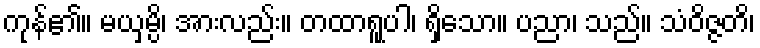
ကုန်၏။ မယှမ္ပိ၊ အားလည်း။ တထာရူပါ၊ ရှိသော။ ပညာ၊ သည်။ သံဝိဇ္ဇတိ၊